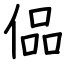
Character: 偘